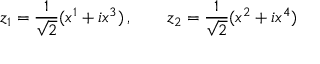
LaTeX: z _ { 1 } = \frac { 1 } { \sqrt { 2 } } ( x ^ { 1 } + i x ^ { 3 } ) \, , \qquad z _ { 2 } = \frac { 1 } { \sqrt { 2 } } ( x ^ { 2 } + i x ^ { 4 } )